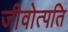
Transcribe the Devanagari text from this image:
जीवोत्पति